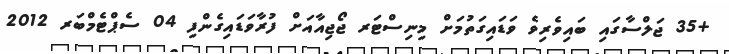
+35 ޖަލްސާގައި ބައިވެރިވެ ވަޑައިގަތުމަށް މިނިސްޓަރ ޖޯޖިއާއަށް ފުރާވަޑައިގެންފި 04 ސެޕްޓެމްބަރ 2012